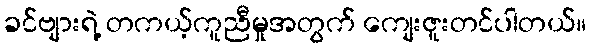
ခင်ဗျားရဲ့ တကယ့်ကူညီမှုအတွက် ကျေးဇူးတင်ပါတယ်။